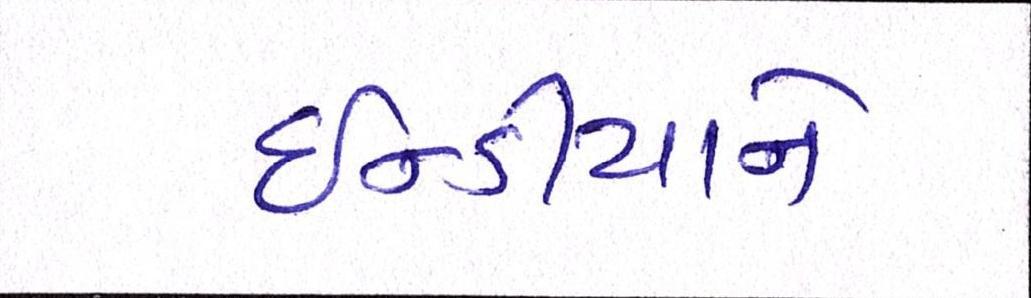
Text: ઈન્ડીયાને